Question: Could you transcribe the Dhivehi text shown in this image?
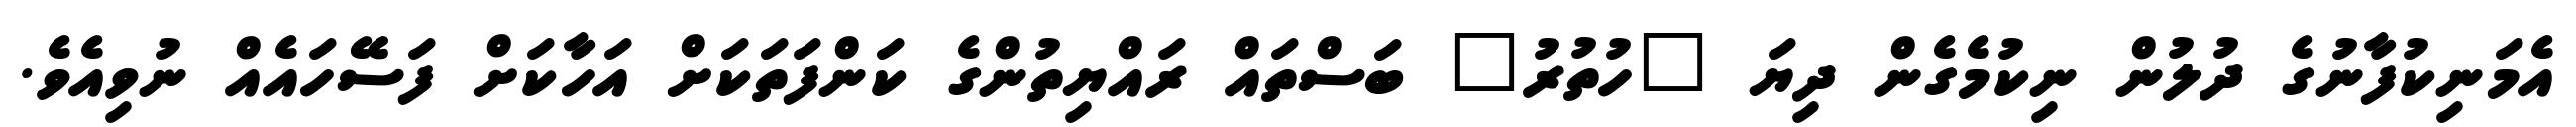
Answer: އެމަނިކުފާނުގެ ދުލުން ނިކުމެގެން ދިޔަ "ހުތުރު" ބަސްތައް ރައްޔިތުންގެ ކަންފަތަކަށް އަހާކަށް ފަސޭހައެއް ނުވިއެވެ.